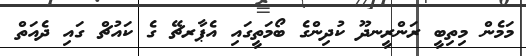
މަމެން މިތިބީ ރަންރީނދޫ ކުދިންގެ ބޯމަތީގައި އެޕާރޗޭ ގެ ކައުޗް ގައި ދެއަތް